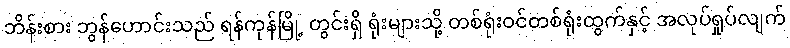
ဘိန်းစား ဘွန်ဟောင်းသည် ရန်ကုန်မြို့ တွင်းရှိ ရုံးများသို့ တစ်ရုံးဝင်တစ်ရုံးထွက်နှင့် အလုပ်ရှုပ်လျက်